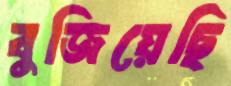
বুজিয়েছি